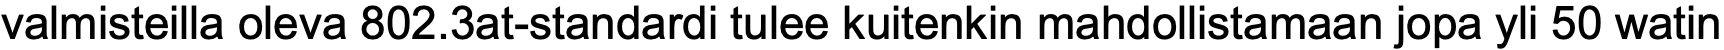
valmisteilla oleva 802.3at-standardi tulee kuitenkin mahdollistamaan jopa yli 50 watin